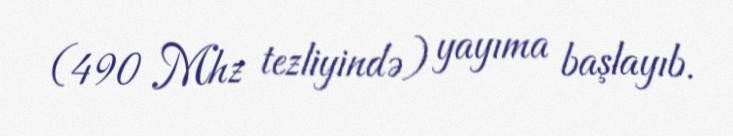
(490 Mhz tezliyində) yayıma başlayıb.